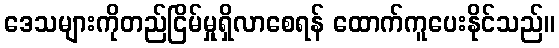
ဒေသများကိုတည်ငြိမ်မှုရှိလာစေရန် ထောက်ကူပေးနိုင်သည်။